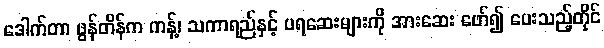
ဒေါက်တာ ဖွန်တိန်က ကန့်၊ သကာရည်နှင့် ပရဆေးများကို အားဆေး ဖော်၍ ပေးသည့်တိုင်